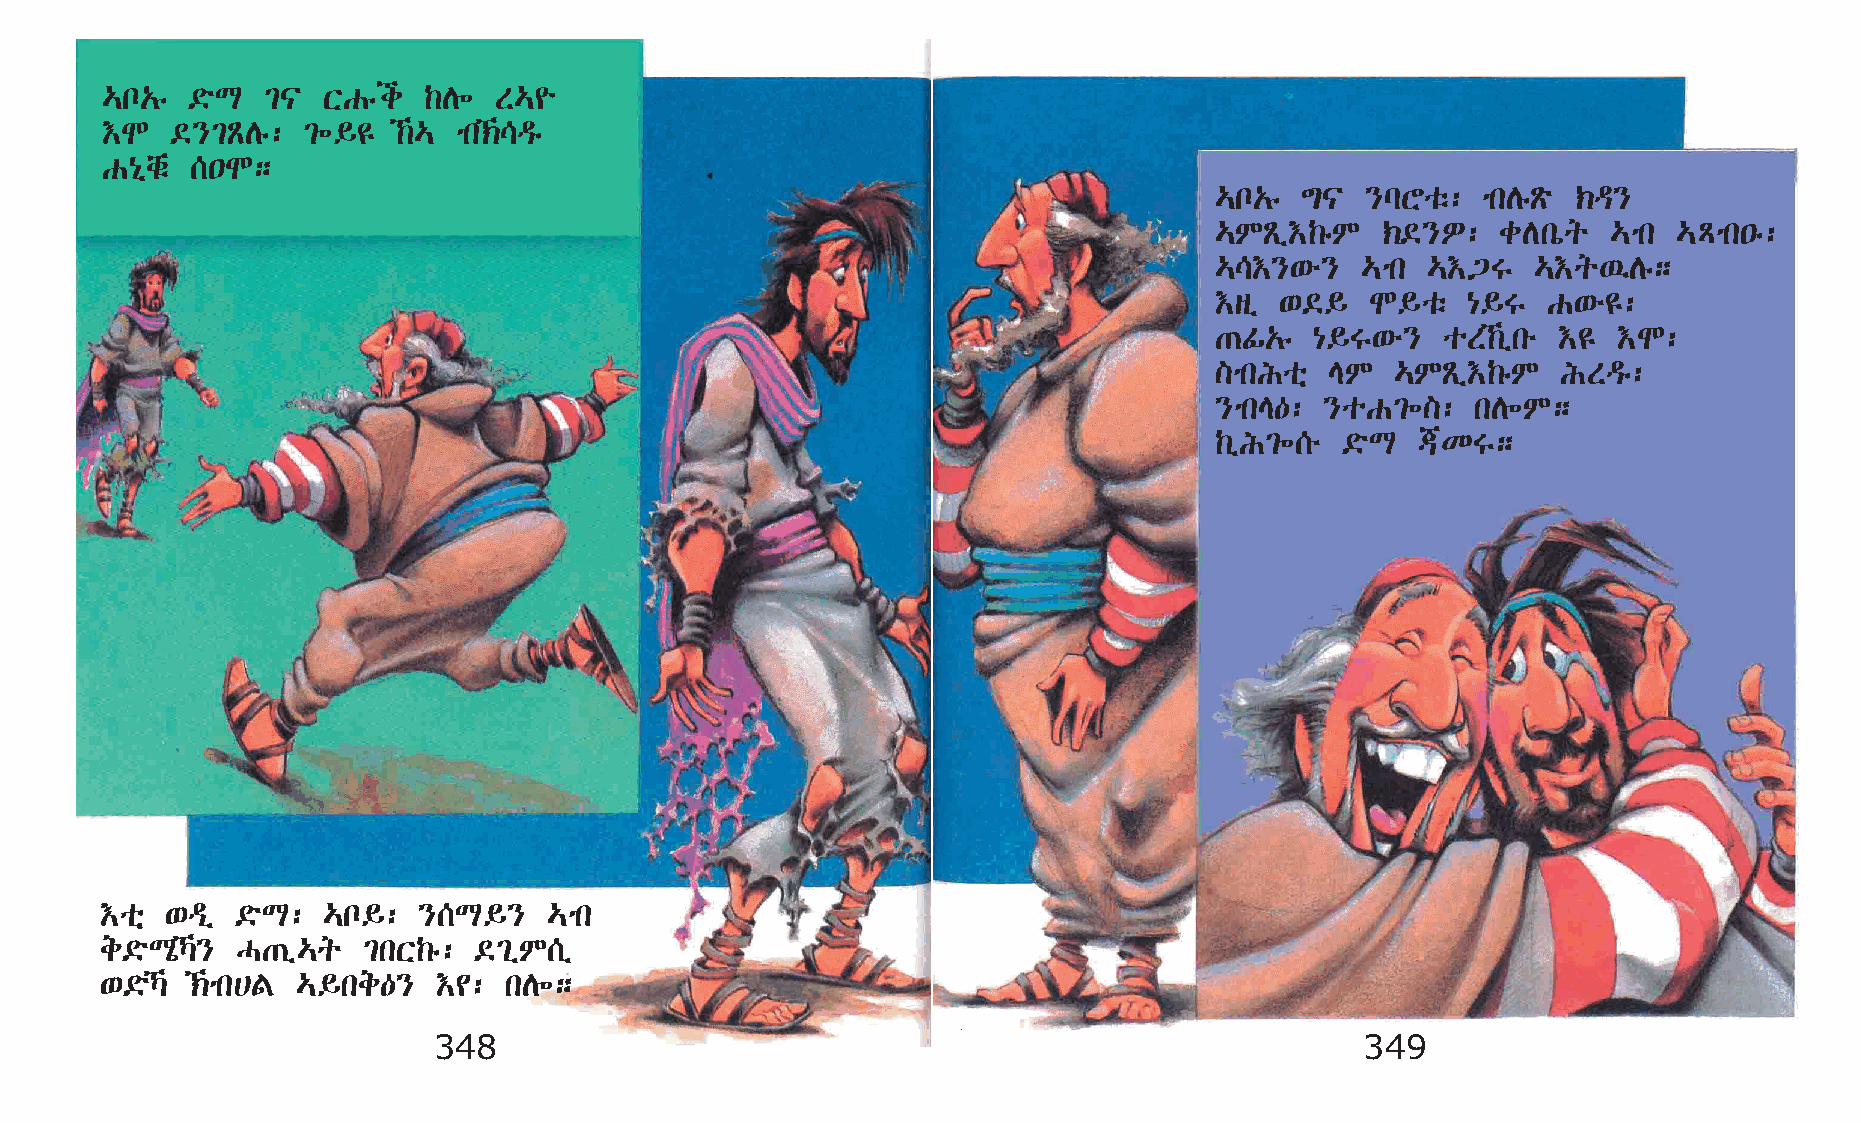
…n„ê ©öL  ²|  XGêi   ‰D÷  S…¨
 †N  ©}²ÃDê:  ²÷§£  ‰… mk‹\ªê
 G{ðchë [•N;
 …n„ê  ´|  }lYoë:  mkDêÃö ‹ª}
 …MÃï†‰êM   ‹©}È:   cDkòq   …mk …Ämk•ê:
 …\†}‘é}   …mk …†³T    …†q’Dê;
 †sï  ‘©§   N§oë  {§T  G‘é£:
 ·Ì„ê   {§T‘é}   oS‰ïké †£ †N:
 ]mkIoñ  EM  …MÃï†‰êM   ISªê:
 }mkE—:  }oG²÷]:   kD÷M;
 ‰ïI²÷[é  ©öL  ®KT;
 †oñ ‘ªï  ©öL: …n§:   }[L§}   …mk
 e©öLôŠ} H·ï…q   ²kX‰ê: ©²ïM[ï
 ‘©öŠ ‹mk@F …§ke—}   †¢: kD÷;
 348                                                          349